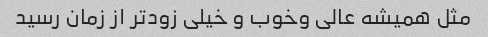
مثل همیشه عالی وخوب و خیلی زودتر از زمان رسید